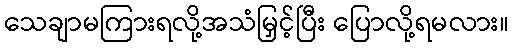
သေချာမကြားရလို့အသံမြှင့်ပြီး ပြောလို့ရမလား။